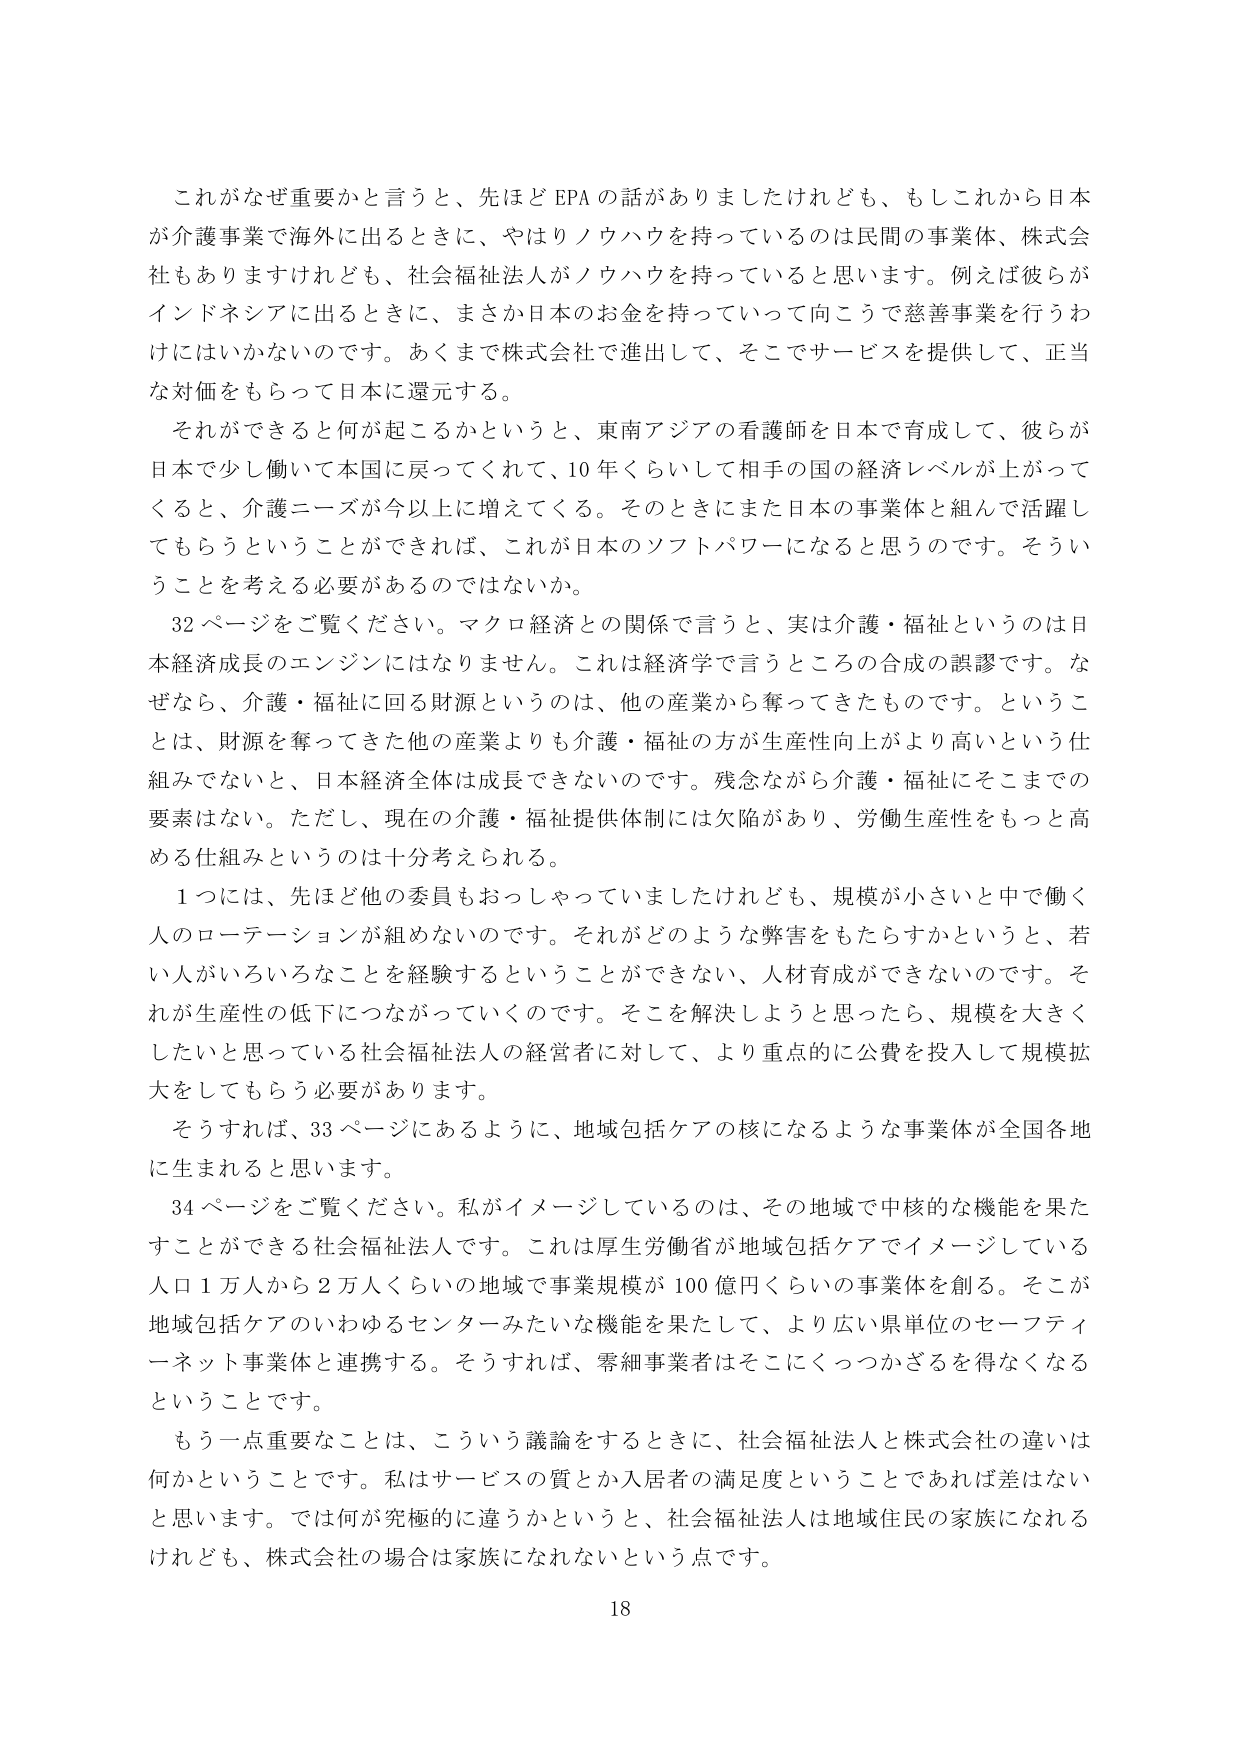
これがなぜ重要かと言うと、先ほどEPAの話がありましたけれども、もしこれから日本が介護事業で海外に出るときに、やはりノウハウを持っているのは民間の事業体、株式会社もありますけれども、社会福祉法人がノウハウを持っていると思います。例えば彼らがインドネシアに出るときに、まさか日本お金を持っていって向こうで慈善事業を行わなければいけないのです。あくまで株式会社で進出して、そこでサービスを提供して、正当な対価をもらって日本に還元する。

それができると何が起こるかというと、東南アジアの看護師を日本で育成して、彼らが日本で少し働いて本国に戻ってくれて、10年くらいして相手の国の経済レベルが上がってくると、介護ニーズが今以上に増えてくる。そのときにまた日本の事業体と組んで活躍してもらうということができれば、これが日本のソフトパワーになると思うのです。そういうことを考える必要があるのではないでしょうか。

32ページをご覧ください。マクロ経済との関係で言うと、実は介護・福祉というのは日本経済成長のエンジンにはなりません。これは経済学で言うところの合成の誤謬です。なぜなら、介護・福祉に回る財源というのは、他の産業から奪ってきたものです。ということは、財源を奪ってきた他の産業よりも介護・福祉の方が生産性向上がより高いという仕組みでないと、日本経済全体は成長できないのです。残念ながら介護・福祉にそこまでの要素はない。ただし、現在の介護・福祉提供体制には欠陥があり、労働生産性をもっと高める仕組みというのは十分考えられる。

1つには、先ほど他の委員もおっしゃっていましたけれども、規模が小さいと中で働く人のローテーションが組めないのです。それがどのような弊害をもたらすかというと、若い人がいろいろなことを経験するということができない、人材育成ができないのです。それが生産性の低下につながっていくのです。そこを解決しようと思ったら、規模を大きくしたいと思っている社会福祉法人の経営者に対して、より重点的に公費を投入して規模拡大をしてもらう必要があります。

そうすれば、33ページにあるように、地域包括ケアの核になるような事業体が全国各地に生まれると思います。

34ページをご覧ください。私がイメージしているのは、その地域で中核的な機能を果たすことができる社会福祉法人です。これは厚生労働省が地域包括ケアでイメージしている人口1万人から2万人くらいの地域で事業規模が100億円くらいの事業体を創る。そこが地域包括ケアのいわゆるセンターみたいな機能を果たして、より広い県単位のセーフティーネット事業体と連携する。そうすれば、零細事業者はそこにくっつかざるを得なくなるということです。

もう一点重要なことは、こういう議論をするときに、社会福祉法人と株式会社の違いは何かということです。私はサービスの質とか入居者の満足度ということであれば差はないと思います。では何が究極的に違うかというと、社会福祉法人は地域住民の家族になれるけれども、株式会社の場合は家族になれないという点です。

18